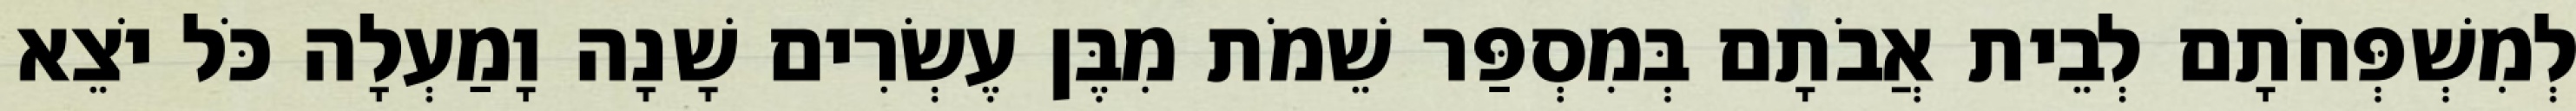
לְמִשְׁפְּחֹתָם לְבֵית אֲבֹתָם בְּמִסְפַּר שֵׁמֹת מִבֶּן עֶשְׂרִים שָׁנָה וָמַעְלָה כֹּל יֹצֵא